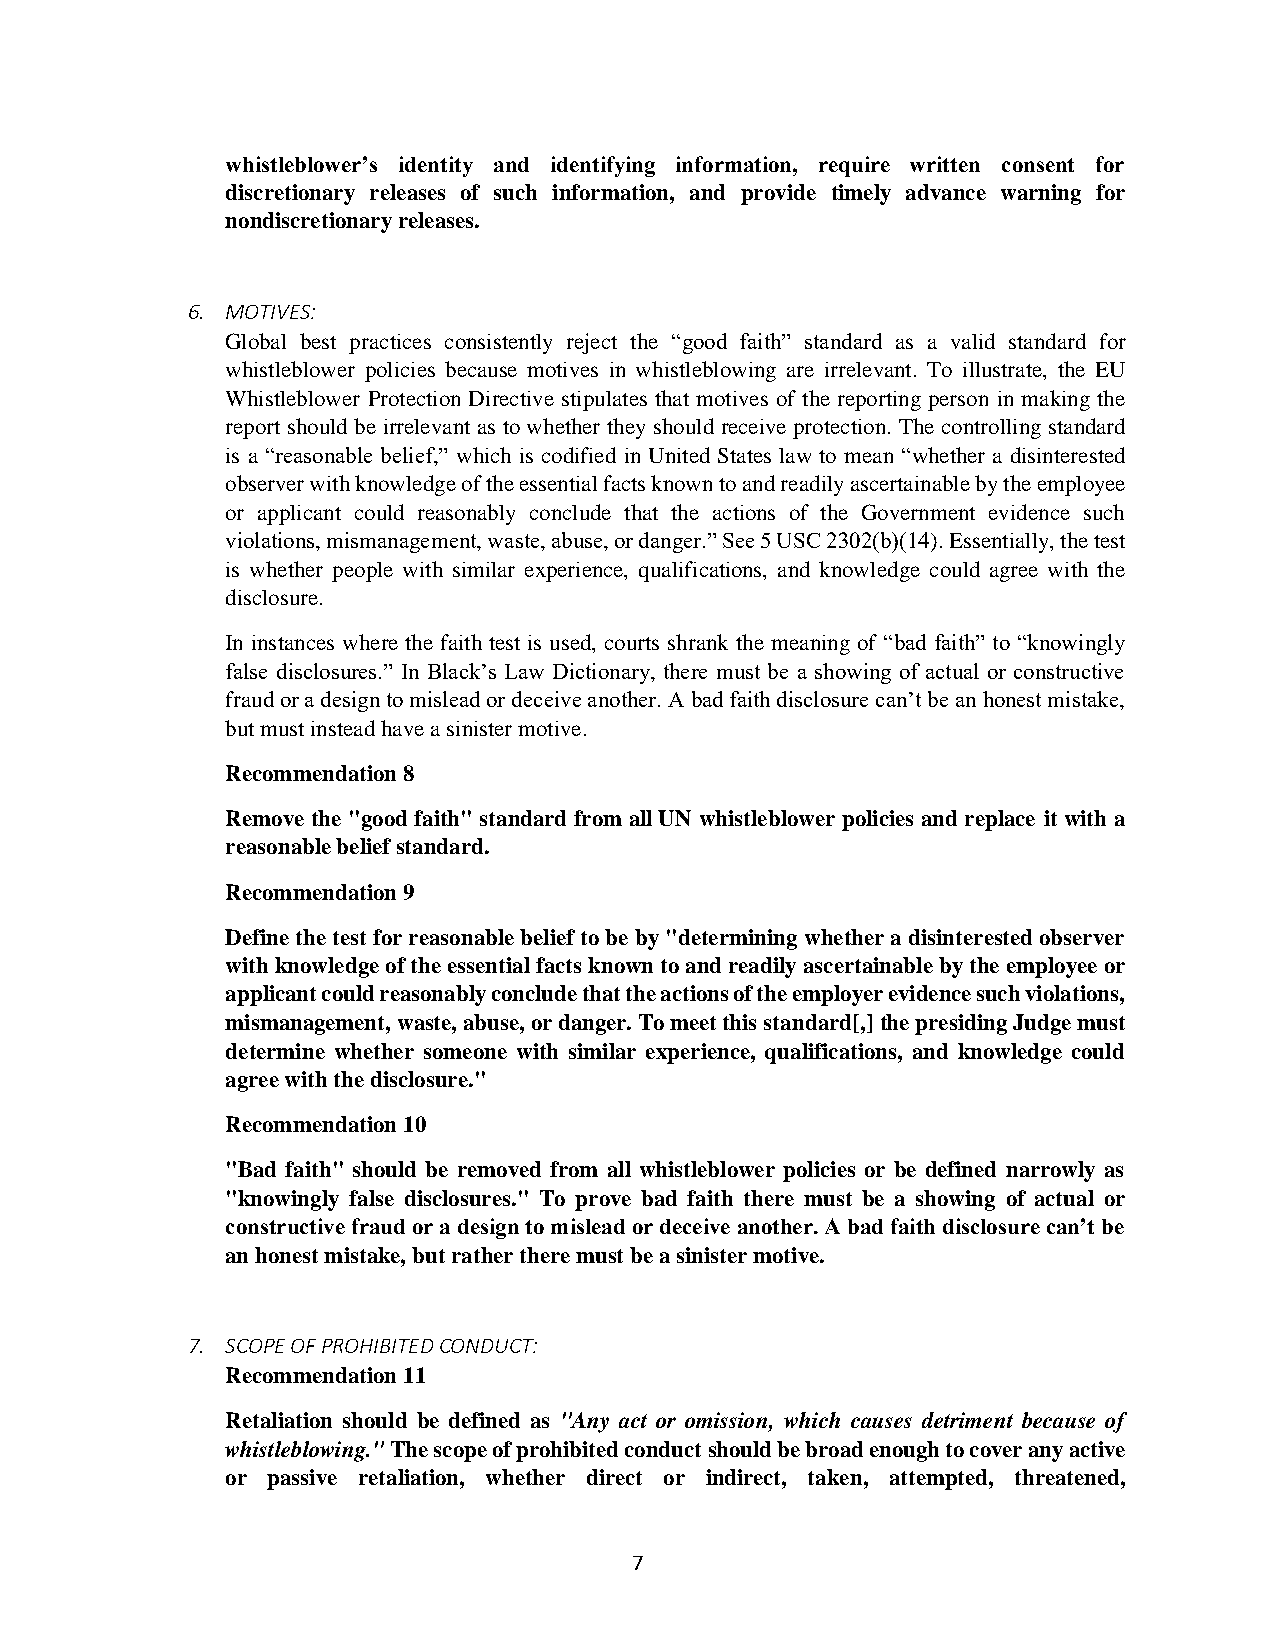
whistleblower’s identity and identifying information, require written consent for
 discretionary releases of such information, and provide timely advance warning for
 nondiscretionary releases.
 6. MOTIVES:
 Global best practices consistently reject the “good faith” standard as a valid standard for
 whistleblower policies because motives in whistleblowing are irrelevant. To illustrate, the EU
 Whistleblower Protection Directive stipulates that motives of the reporting person in making the
 report should be irrelevant as to whether they should receive protection. The controlling standard
 is a “reasonable belief,” which is codified in United States law to mean “whether a disinterested
 observer with knowledge of the essential facts known to and readily ascertainable by the employee
 or applicant could reasonably conclude that the actions of the Government evidence such
 violations, mismanagement, waste, abuse, or danger.” See 5 USC 2302(b)(14). Essentially, the test
 is whether people with similar experience, qualifications, and knowledge could agree with the
 disclosure.
 In instances where the faith test is used, courts shrank the meaning of “bad faith” to “knowingly
 false disclosures.” In Black’s Law Dictionary, there must be a showing of actual or constructive
 fraud or a design to mislead or deceive another. A bad faith disclosure can’t be an honest mistake,
 but must instead have a sinister motive.
 Recommendation 8
 Remove the "good faith" standard from all UN whistleblower policies and replace it with a
 reasonable belief standard.
 Recommendation 9
 Define the test for reasonable belief to be by "determining whether a disinterested observer
 with knowledge of the essential facts known to and readily ascertainable by the employee or
 applicant could reasonably conclude that the actions of the employer evidence such violations,
 mismanagement, waste, abuse, or danger. To meet this standard[,] the presiding Judge must
 determine whether someone with similar experience, qualifications, and knowledge could
 agree with the disclosure."
 Recommendation 10
 "Bad faith" should be removed from all whistleblower policies or be defined narrowly as
 "knowingly false disclosures." To prove bad faith there must be a showing of actual or
 constructive fraud or a design to mislead or deceive another. A bad faith disclosure can’t be
 an honest mistake, but rather there must be a sinister motive.
 7. SCOPE OF PROHIBITED CONDUCT:
 Recommendation 11
 Retaliation should be defined as "Any act or omission, which causes detriment because of
 whistleblowing." The scope of prohibited conduct should be broad enough to cover any active
 or passive retaliation, whether direct or indirect, taken, attempted, threatened,
 7